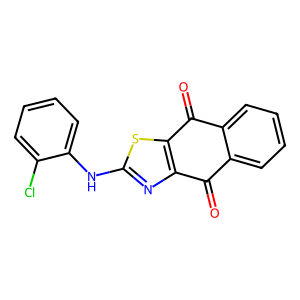
SMILES: O=C1c2ccccc2C(=O)c2sc(Nc3ccccc3Cl)nc21
Inhibits HIV replication: No